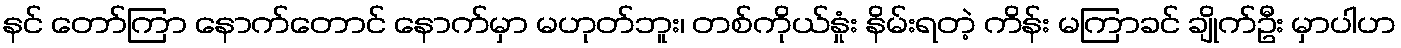
နင် တော်ကြာ နောက်တောင် နောက်မှာ မဟုတ်ဘူး၊ တစ်ကိုယ်နှုံး နိမ်းရတဲ့ ကိန်း မကြာခင် ချိုက်ဦး မှာပါဟ